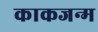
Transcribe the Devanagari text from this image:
काकजन्म